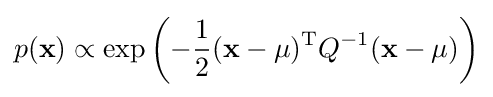
p(\mathbf {x} )\propto \exp \left(-{\frac {1}{2}}(\mathbf {x} -\mathbf {\mu } )^{\mathrm {T} }Q^{-1}(\mathbf {x} -\mathbf {\mu } )\right)